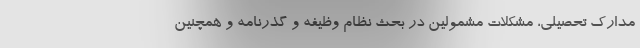
مدارک تحصیلی، مشکلات مشمولین در بحث نظام وظیفه و گذرنامه و همچنین